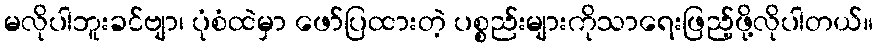
မလိုပါဘူးခင်ဗျာ၊ ပုံစံထဲမှာ ဖော်ပြထားတဲ့ ပစ္စည်းများကိုသာရေးဖြည့်ဖို့လိုပါတယ်။